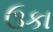
ઉકા